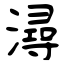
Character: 潯